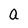
Character: a